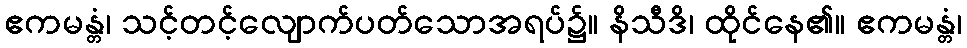
ဧကမန္တံ၊ သင့်တင့်လျောက်ပတ်သောအရပ်၌။ နိသီဒိ၊ ထိုင်နေ၏။ ဧကမန္တံ၊